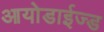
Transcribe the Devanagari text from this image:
आयोडाईज्ड